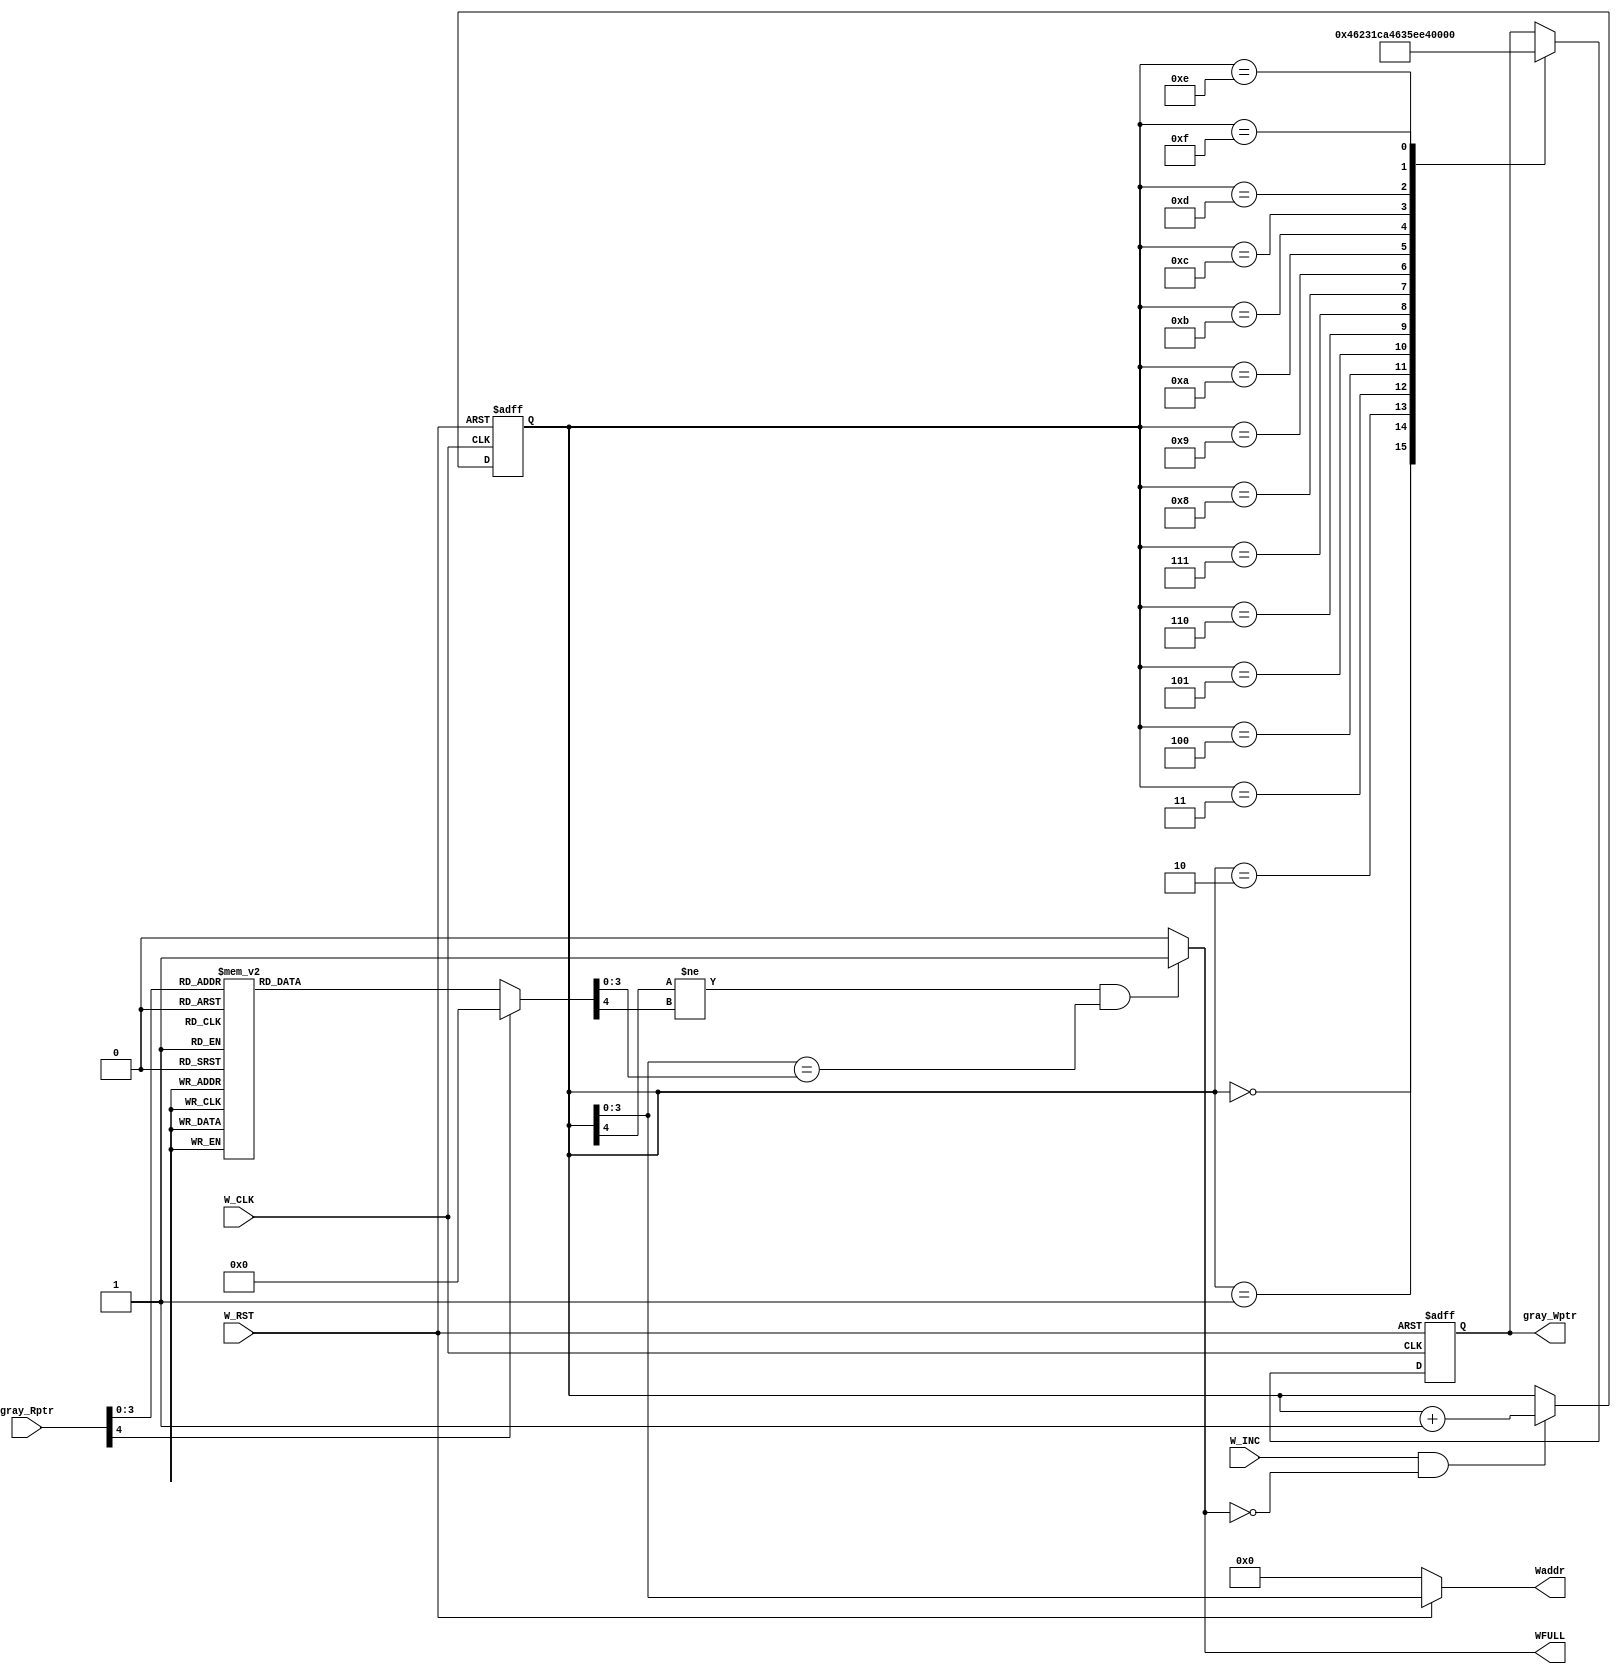
module fifo_wrptr_full #(parameter WIDTH = 'd8 , parameter DEPTH = 'd16)

(

input W_CLK                    ,         

input W_RST                    ,        

input W_INC                    ,

input [$clog2(DEPTH)     : 0] gray_Rptr           ,



output     WFULL                             ,

output     [$clog2(DEPTH) - 1 : 0] Waddr     ,

output reg [$clog2(DEPTH)     : 0] gray_Wptr                   



);





reg [$clog2(DEPTH)     : 0]  Wptr;

reg [$clog2(DEPTH)     : 0]  Rptr;



assign WFULL = (Wptr[$clog2(DEPTH)] != Rptr[$clog2(DEPTH)] && Wptr[$clog2(DEPTH) - 1 : 0] == Rptr[$clog2(DEPTH) - 1 : 0]) ? 1'b1 : 1'b0 ;



assign Waddr  =  (W_RST)? Wptr : 0 ;



always @(posedge W_CLK or negedge W_RST) begin

    if (!W_RST) begin

        Wptr  <= 0   ;

    end





    else if(W_INC && !WFULL)

    begin

        Wptr  <= Wptr + 1 ;

    end



end





/////////////////////////////////////////////////////////////

///////////////////// GRAY CODING CONVERSION ////////////////

/////////////////////////////////////////////////////////////





always @(posedge W_CLK or negedge W_RST) begin

    if (!W_RST) begin

     gray_Wptr <= 0;   

    end



    else

    begin

      case(Wptr)



       

       4'b0000 : gray_Wptr <= 4'b0000 ;

       4'b0001 : gray_Wptr <= 4'b0001 ;

       4'b0010 : gray_Wptr <= 4'b0011 ;

       4'b0011 : gray_Wptr <= 4'b0010 ;

       4'b0100 : gray_Wptr <= 4'b0110 ;

       4'b0101 : gray_Wptr <= 4'b0111 ;

       4'b0110 : gray_Wptr <= 4'b0101 ;

       4'b0111 : gray_Wptr <= 4'b0100 ;

       4'b1000 : gray_Wptr <= 4'b1100 ;

       4'b1001 : gray_Wptr <= 4'b1101 ;

       4'b1010 : gray_Wptr <= 4'b1111 ;

       4'b1011 : gray_Wptr <= 4'b1110 ;

       4'b1100 : gray_Wptr <= 4'b1010 ;

       4'b1101 : gray_Wptr <= 4'b1011 ;

       4'b1110 : gray_Wptr <= 4'b1001 ;

       4'b1111 : gray_Wptr <= 4'b1000 ;    



      endcase

    end

       

end







always @(*) begin



      case(gray_Rptr)



       

       4'b0000 : Rptr <= 4'b0000 ;

       4'b0001 : Rptr <= 4'b0001 ;

       4'b0011 : Rptr <= 4'b0010 ;

       4'b0010 : Rptr <= 4'b0011 ;

       4'b0110 : Rptr <= 4'b0100 ;

       4'b0111 : Rptr <= 4'b0101 ;

       4'b0101 : Rptr <= 4'b0110 ;

       4'b0100 : Rptr <= 4'b0111 ;

       4'b1100 : Rptr <= 4'b1000 ;

       4'b1101 : Rptr <= 4'b1001 ;

       4'b1111 : Rptr <= 4'b1010 ;

       4'b1110 : Rptr <= 4'b1011 ;

       4'b1010 : Rptr <= 4'b1100 ;

       4'b1011 : Rptr <= 4'b1101 ;

       4'b1001 : Rptr <= 4'b1110 ;

       4'b1000 : Rptr <= 4'b1111 ;

       default : Rptr <= 4'b0000 ; 

      endcase

end


endmodule